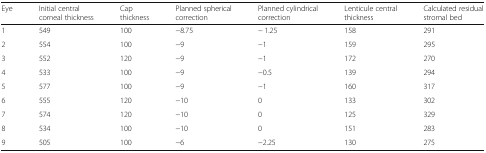
<table><thead><tr><td><b>Eye</b></td><td><b>Initial central corneal thickness</b></td><td><b>Cap thickness</b></td><td><b>Planned spherical correction</b></td><td><b>Planned cylindrical correction</b></td><td><b>Lenticule central thickness</b></td><td><b>Calculated residual stromal bed</b></td></tr></thead><tbody><tr><td>1</td><td>549</td><td>100</td><td>−8.75</td><td>− 1.25</td><td>158</td><td>291</td></tr><tr><td>2</td><td>554</td><td>100</td><td>−9</td><td>−1</td><td>159</td><td>295</td></tr><tr><td>3</td><td>552</td><td>120</td><td>−9</td><td>−1</td><td>172</td><td>270</td></tr><tr><td>4</td><td>533</td><td>100</td><td>−9</td><td>−0.5</td><td>139</td><td>294</td></tr><tr><td>5</td><td>577</td><td>100</td><td>−9</td><td>−1</td><td>160</td><td>317</td></tr><tr><td>6</td><td>555</td><td>120</td><td>−10</td><td>0</td><td>133</td><td>302</td></tr><tr><td>7</td><td>574</td><td>120</td><td>−10</td><td>0</td><td>125</td><td>329</td></tr><tr><td>8</td><td>534</td><td>100</td><td>−10</td><td>0</td><td>151</td><td>283</td></tr><tr><td>9</td><td>505</td><td>100</td><td>−6</td><td>−2.25</td><td>130</td><td>275</td></tr></tbody></table>